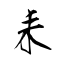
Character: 耒